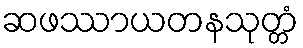
ဆဖဿာယတနသုတ္တံ